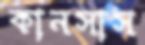
কানসাস